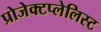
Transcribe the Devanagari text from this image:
प्रोजेक्टप्लेलिस्ट